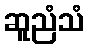
ဆူညံသံ